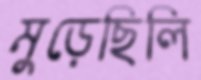
মুড়েছিলি